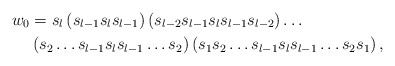
\begin{align*} w_0&=s_{l}\left(s_{l-1}s_ls_{l-1}\right)\left(s_{l-2}s_{l-1}s_{l}s_{l-1}s_{l-2}\right)\ldots \\ & \left(s_2\ldots s_{l-1}s_{l}s_{l-1}\ldots s_2\right)\left(s_1s_2\ldots s_{l-1}s_{l}s_{l-1}\ldots s_2 s_1\right),\end{align*}